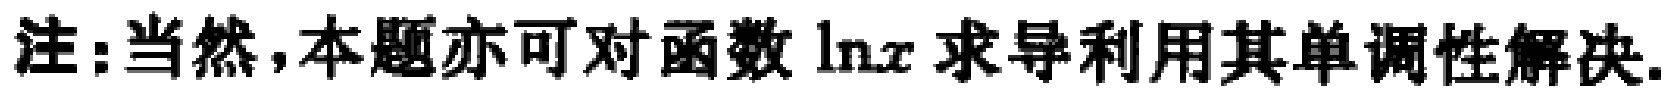
注:当然,本题亦可对函数\(\ln x\)求导利用其单调性解决.